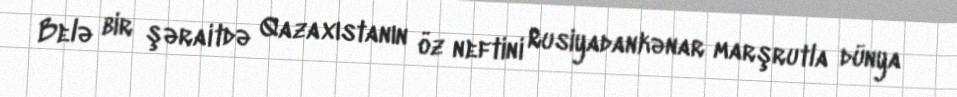
Belə bir şəraitdə Qazaxıstanın öz neftini Rusiyadankənar marşrutla dünya